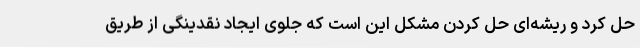
حل کرد و ریشه‌ای حل کردن مشکل این است که جلوی ایجاد نقدینگی از طریق